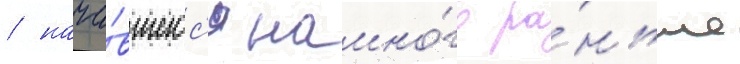
/ нача́вшегос'я намно́го ра́ньше